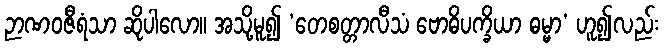
ဉာဏဝဇီရံသာ ဆိုပါလော။ အသို့မူ၍ ‘တေစတ္တာလီသံ ဗောဓိပက္ခိယာ ဓမ္မာ’ ဟူ၍လည်း